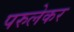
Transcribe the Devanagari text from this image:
परुलेकर